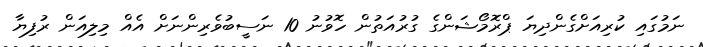
ނަމުގައި ކުރިއަށްގެންދިޔަ ޕްރޮމޯޝަންގެ ގުރުއަތުން ހޮވުނު 10 ނަސީބުވެރިންނަށް އެއް މިލިއަން ރުފިޔާ